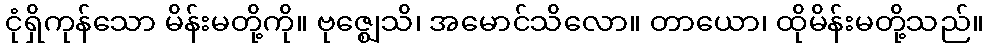
ငုံရှိကုန်သော မိန်းမတို့ကို။ ဗုဇ္ဈေသိ၊ အမောင်သိလော။ တာယော၊ ထိုမိန်းမတို့သည်။